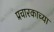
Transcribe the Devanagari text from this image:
प्रचारकाच्या